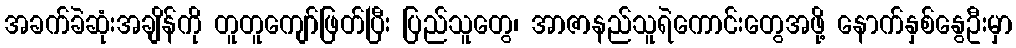
အခက်ခဲဆုံးအချိန်ကို တူတူကျော်ဖြတ်ပြီး ပြည်သူတွေ၊ အာဇာနည်သူရဲကောင်းတွေအဖို့ နောက်နှစ်နွေဦးမှာ